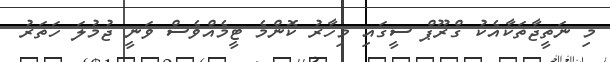
މި ނަތީޖާތަކާއެކު ގްރޫޕް ސީގައި މިހާރު ކޮންމެ ޓީމެއްވެސް ވަނީ ޖުމުލަ ހަތަރު